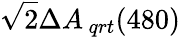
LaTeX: \sqrt{2}\Delta{{A_{\, qrt}}(480)}